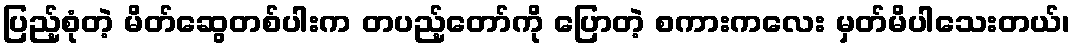
ပြည့်စုံတဲ့ မိတ်ဆွေတစ်ပါးက တပည့်တော်ကို ပြောတဲ့ စကားကလေး မှတ်မိပါသေးတယ်၊